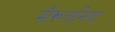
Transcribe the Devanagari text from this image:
मौरूतानिया